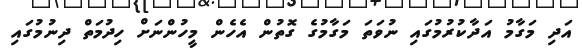
އަދި މަގާމު އަދާކުރުމުގައި ނުވަތަ މަގާމުގެ ގޮތުން އެހެން މީހުންނަށް ހިދުމަތް ދިނުމުގައި